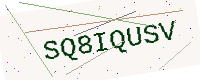
Text: SQ8IQUSV